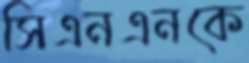
সিএনএনকে